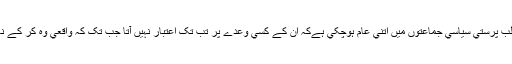
اب تو مطلب پرستي سياسي جماعتوں ميں اتني عام ہوچکي ہےکہ ان کے کسي وعدے پر تب تک اعتبار نہيں آتا جب تک کہ واقعي وہ کر کے نہ دکھائيں۔